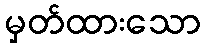
မှတ်ထားသော